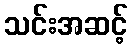
သင်းအဆင့်